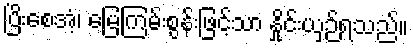
ပြိးစေအံ့၊ မြေကြမ်းစွန်းဖြင့်သာ နှိုင်းယှဉ်ရသည်။